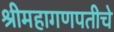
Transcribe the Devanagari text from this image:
श्रीमहागणपतीचे